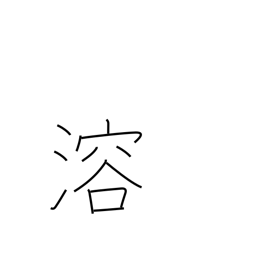
Meaning: thaw